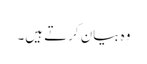
وہ بیان کرتے ہیں۔